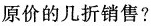
原价的几折销售？